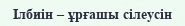
Ілбиін – ұрғашы сілеусін